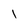
Character: l